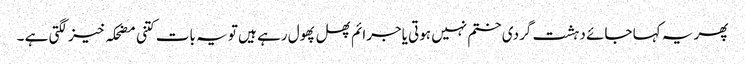
پھر یہ کہا جائے دہشت گردی ختم نہیں ہوتی یاجرائم پھل پھول رہے ہیں تو یہ بات کتنی مضحکہ خیز لگتی ہے ۔